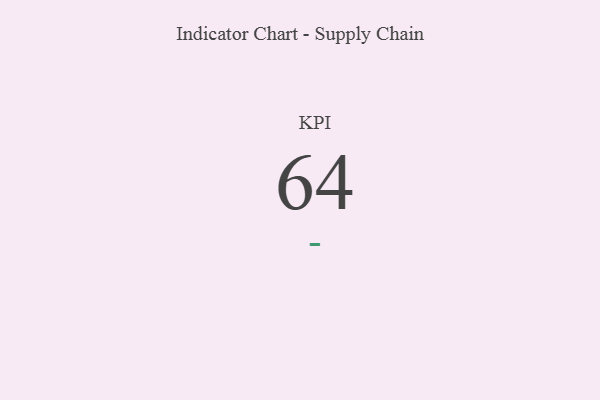
{"axis": {"x": "KPI", "y": "Value"}, "legend": [""], "data": [{"x": "KPI", "y": 64, "type": ""}]}